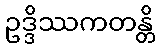
ဥဒ္ဒိဿကတန္တိ